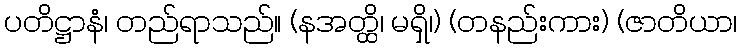
ပတိဋ္ဌာနံ၊ တည်ရာသည်။ (နအတ္ထိ၊ မရှိ၊) (တနည်းကား) (ဇာတိယာ၊